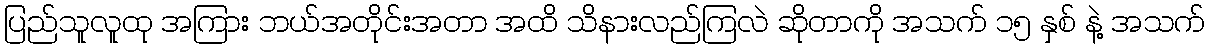
ပြည်သူလူထု အကြား ဘယ်အတိုင်းအတာ အထိ သိနားလည်ကြလဲ ဆိုတာကို အသက် ၁၅ နှစ် နဲ့ အသက်